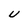
Character: U